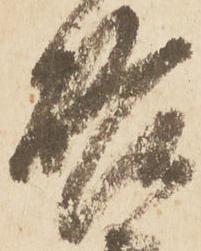
啓